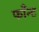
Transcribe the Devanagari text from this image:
फाँन्ट